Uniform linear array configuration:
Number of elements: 12
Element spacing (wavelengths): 0.75
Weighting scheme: cosine
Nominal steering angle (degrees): -15
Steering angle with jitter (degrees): -13.607
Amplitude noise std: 0.05
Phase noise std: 0.05

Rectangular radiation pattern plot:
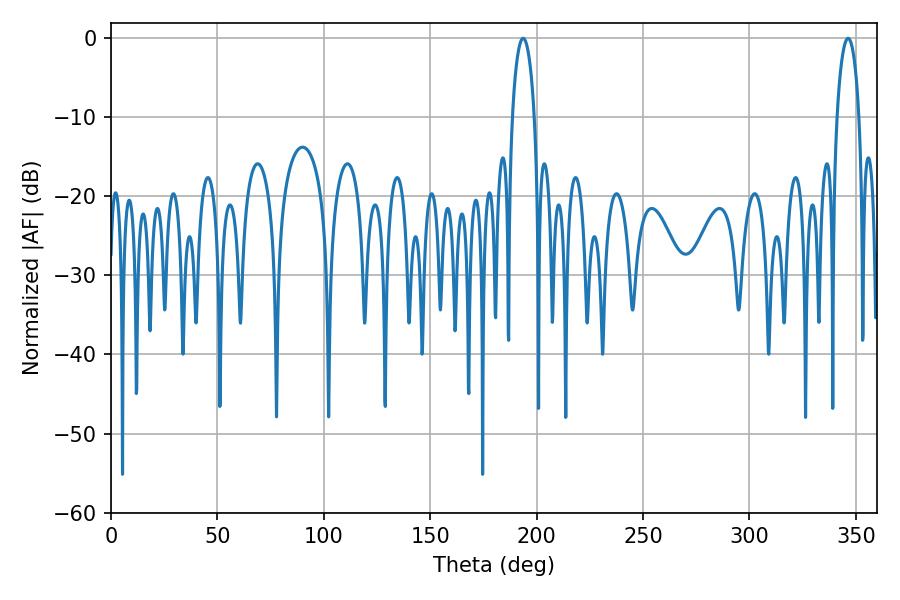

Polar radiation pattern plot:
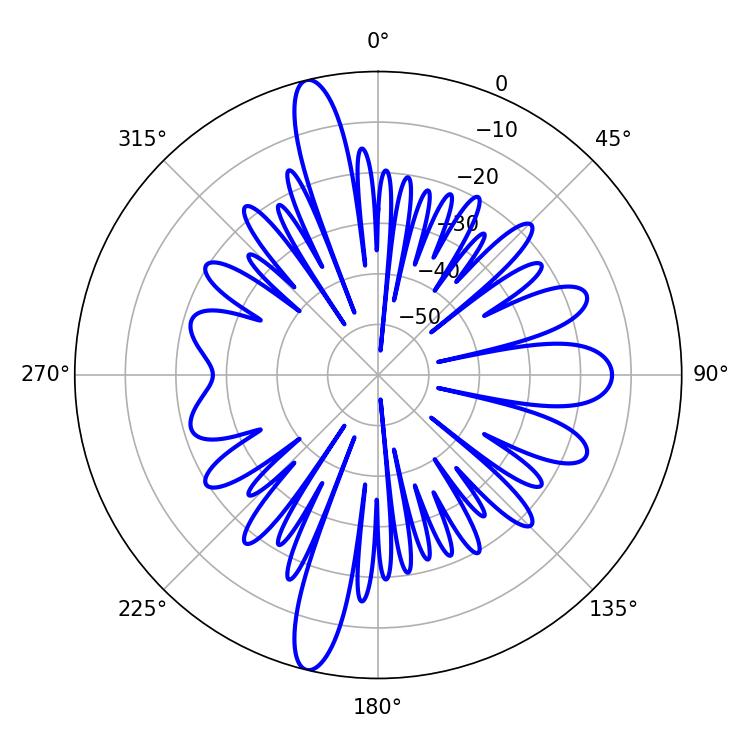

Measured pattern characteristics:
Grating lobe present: TRUE
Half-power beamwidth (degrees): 5.76
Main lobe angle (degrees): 346.32